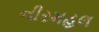
નીરમહલ